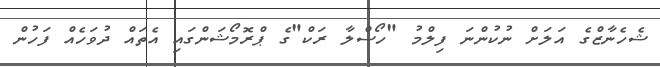
ޝެހެނާޒްގެ އަލަށް ނުކުންނަ ފިލްމު "ހޯސްލާ ރަކް"ގެ ޕްރޮމޯޝަންގައި އެތައް ދުވަހެއް ފަހުން